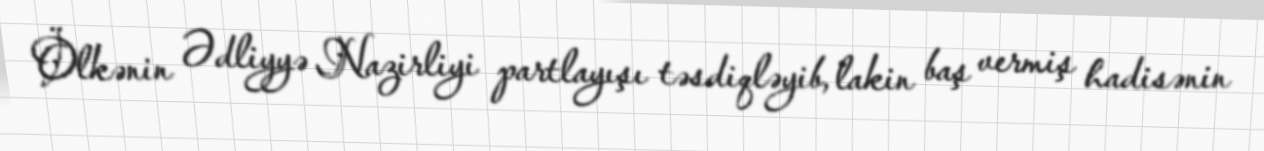
Ölkənin Ədliyyə Nazirliyi partlayışı təsdiqləyib, lakin baş vermiş hadisənin